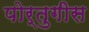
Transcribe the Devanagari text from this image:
पोर्तुगीस